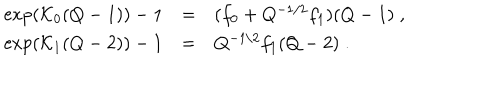
\begin{array} { r c l } { { \exp ( { \cal K } _ { 0 } ( Q - 1 ) ) - 1 } } & { { = } } & { { ( f _ { 0 } + Q ^ { - 1 / 2 } f _ { 1 } ) ( Q - 1 ) \; , } } \\ { { \exp ( { \cal K } _ { 1 } ( Q - 2 ) ) - 1 } } & { { = } } & { { Q ^ { - 1 / 2 } f _ { 1 } ( Q - 2 ) \; . } } \\ \end{array}